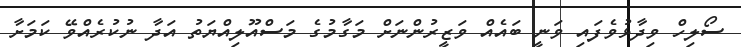
ސޯލިހް ވިދާޅުވެފައި ވަނީ ބައެއް ވަޒީރުންނަށް މަގާމުގެ މަސްއޫލިއްޔަތު އަދާ ނުކުރެއްވޭ ކަމަށާ